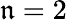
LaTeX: \mathfrak{n}=2